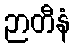
ဉာတီနံ